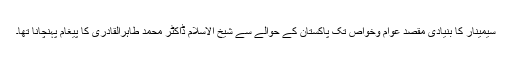
سیمینار کا بنیادی مقصد عوام وخواص تک پاکستان کے حوالے سے شیخ الاسلام ڈاکٹر محمد طاہرالقادری کا پیغام پہنچانا تھا۔